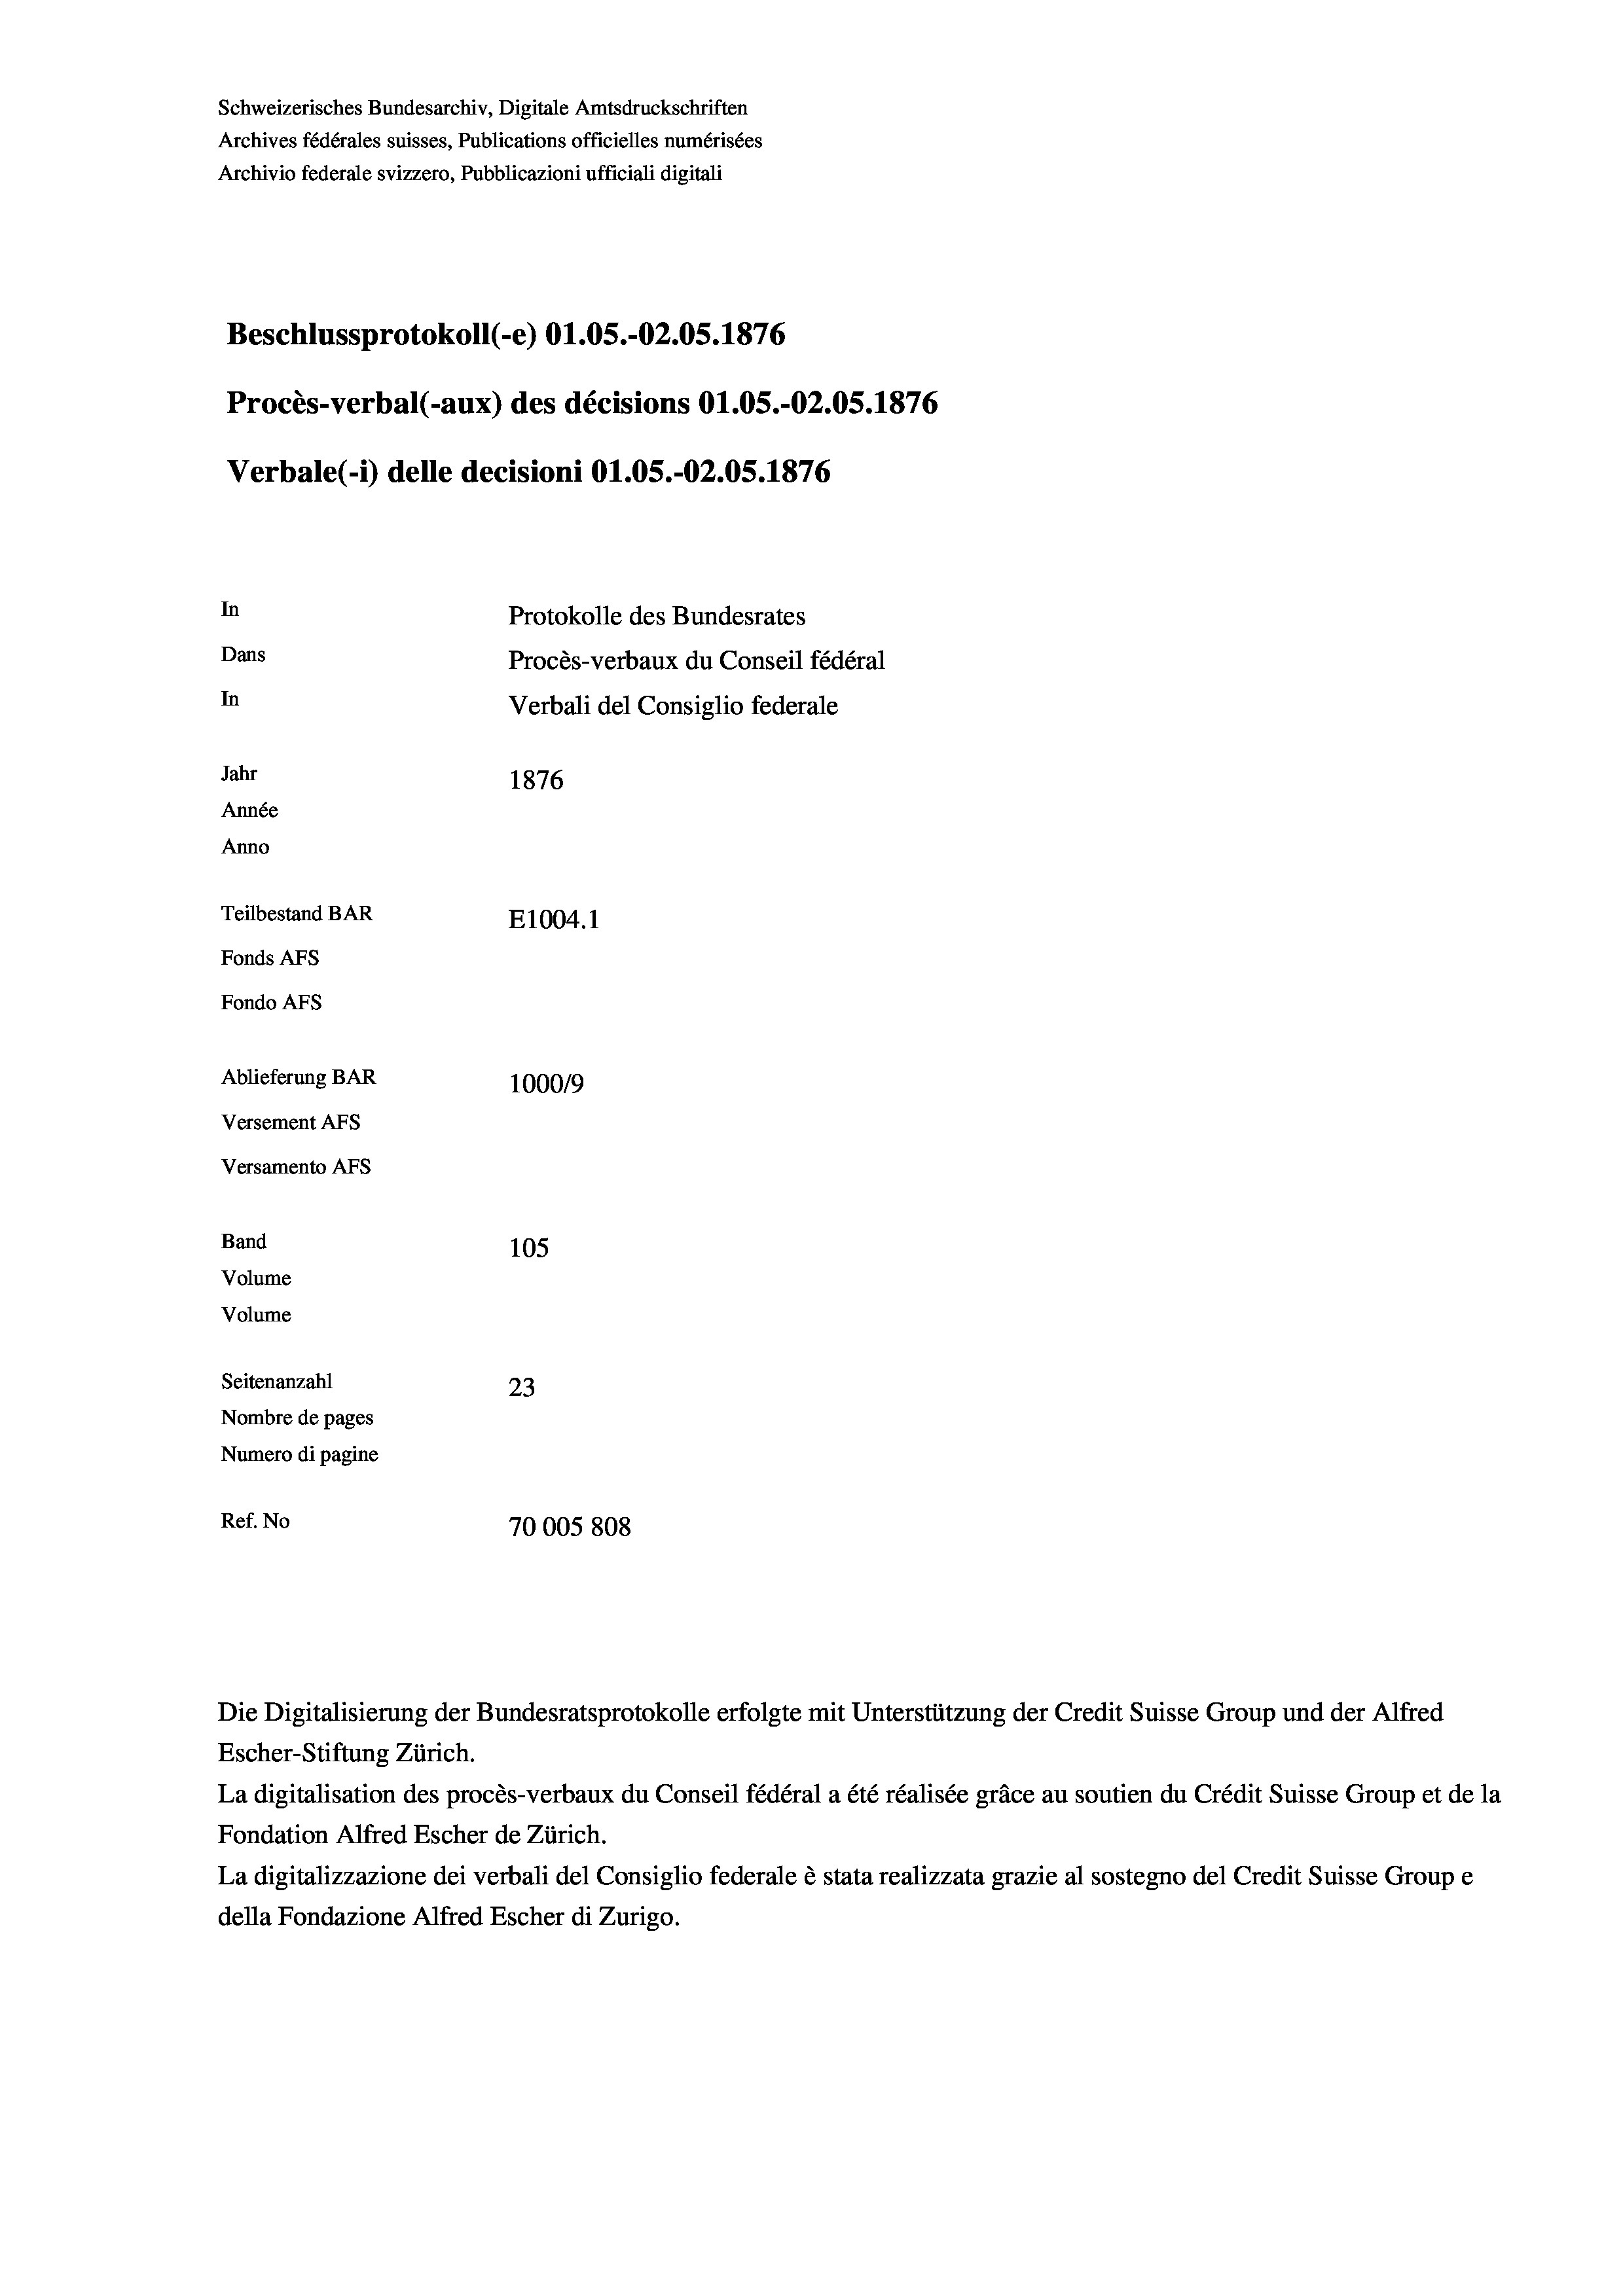
Schweizerisches Bundesarchiv, Digitale Amtsdruckschriften
Archives fédérales suisses, Publications officielles numérisées
Archivio federale svizzero, Pubblicazioni ufficiali digitali
Beschlussprotokoll (-e) O1.05.-O2.05. 1876
Procès-verbal (-aux) des décisions Ol.05.-O2.05. 1876
Verbale(-*) delle decisioni O1.05.-O2.05. 1876
In
Protokolle des Bundesrates
Dans
Procès-verbaux du Conseil fédéral
In
Verbali del Consiglio federale
Jahr
1876
Année
Anno
Teilbestand BAR
E1004.1
Fonds AFs
Fondo Afs
Ablieferung BAR
100019
Versement AFs
Versamento Afs
Band
105

Seitenanzahl
23
Nombre de pages
Numero di pagine
Ref. No
70005 808

Volume
Volume

Die Digitalisierung der Bundesratsprotokolle erfolgte mit Unterstützung der Credit Suisse Group und der Alfred
Escher-Stiftung Zürich.
La digitalisation des procès-verbaux du Conseil fédéral a été réalisée gräce au soutien du Crédit Suisse Group et de la
Fondation Alfred Escher de Zürich.
La digitalizzazione dei verbali del Consiglio federale è stata realizzata grazie al sostegno del Credit Suisse Groupe
della Fondazione Alfred Escher di Zurigo.